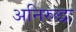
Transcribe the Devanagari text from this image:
अनिरुद्धः